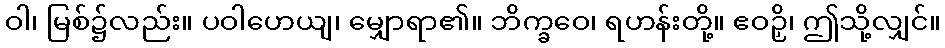
ဝါ၊ မြစ်၌လည်း။ ပဝါဟေယျ၊ မျှောရာ၏။ ဘိက္ခဝေ၊ ရဟန်းတို့။ ဧဝဉှိ၊ ဤသို့လျှင်။